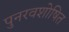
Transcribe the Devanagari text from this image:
पुनरवशोषित